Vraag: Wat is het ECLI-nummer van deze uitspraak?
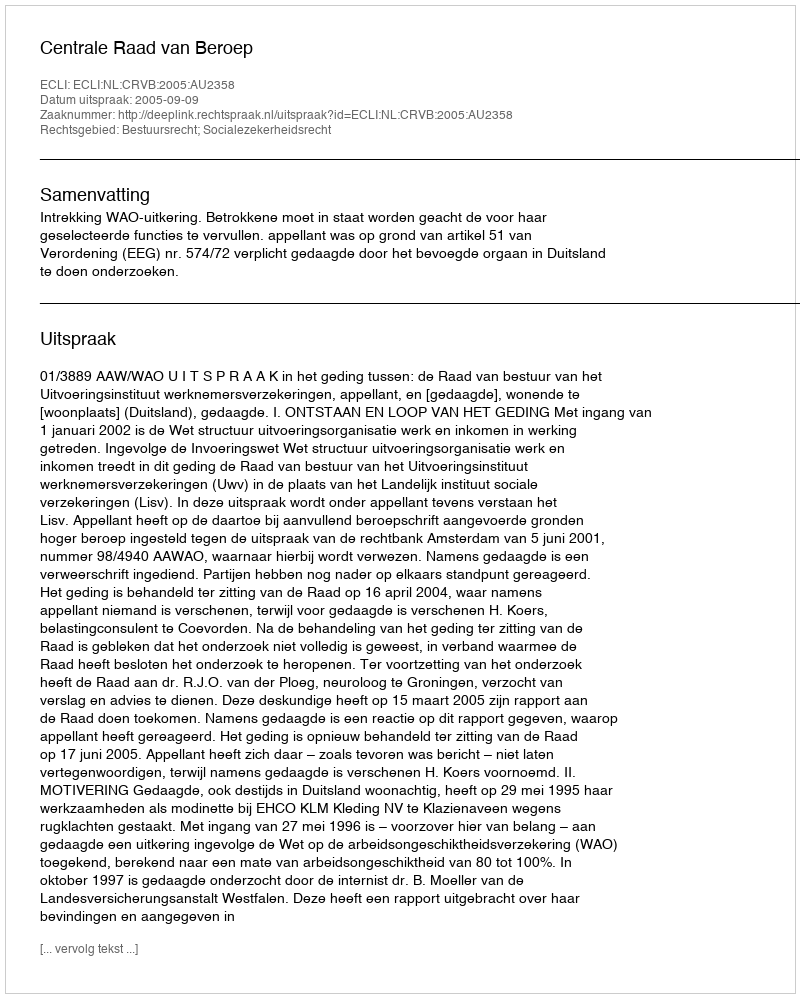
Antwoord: ECLI:NL:CRVB:2005:AU2358